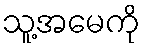
သူ့အမေကို